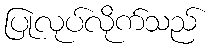
ပြုလုပ်လိုက်သည်